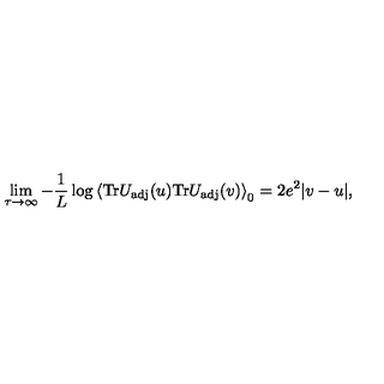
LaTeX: \lim _ { \tau \to \infty } - \frac { 1 } { L } \log \left< \mathrm { T r } U _ { \mathrm { a d j } } ( u ) \mathrm { T r } U _ { \mathrm { a d j } } ( v ) \right> _ { 0 } = 2 e ^ { 2 } | v - u | ,